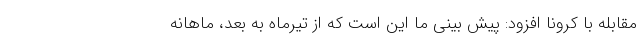
مقابله با کرونا افزود: پیش بینی ما این است که از تیرماه به بعد، ماهانه